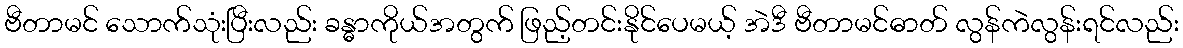
ဗီတာမင် သောက်သုံးပြီးလည်း ခန္ဓာကိုယ်အတွက် ဖြည့်တင်းနိုင်ပေမယ့် အဲဒီ ဗီတာမင်ဓာတ် လွန်ကဲလွန်းရင်လည်း